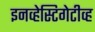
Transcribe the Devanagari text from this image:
इनव्हेस्टिगेटीव्ह